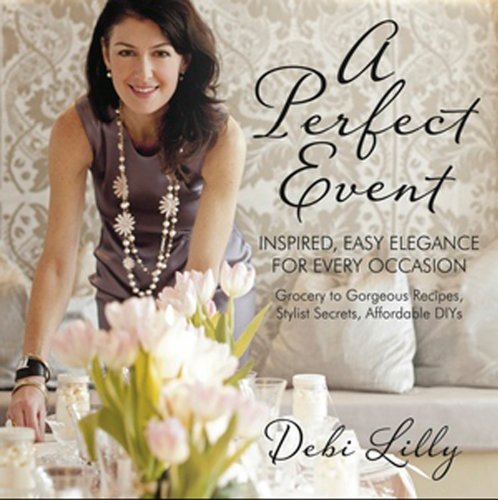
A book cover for A Perfect Event: A Perfect Event: Inspired, Easy Elegance for Every Occasiongrocery to gorgeous recipes, stylist secrets, and affordable DIYs.; Debi Lilly; Cookbooks, Food & Wine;